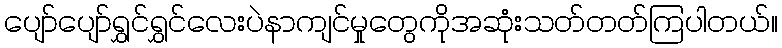
ပျော်ပျော်ရွှင်ရွှင်လေးပဲနာကျင်မှုတွေကိုအဆုံးသတ်တတ်ကြပါတယ်။